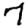
Digit: 7